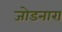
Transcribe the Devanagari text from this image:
जोडनारा